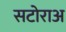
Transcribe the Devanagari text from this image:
सटोराअ